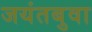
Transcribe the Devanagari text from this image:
जयंतबुवा